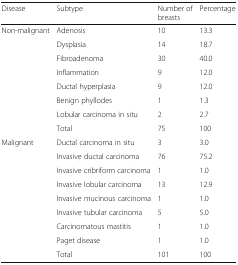
| Disease | Subtype | Number of breasts | Percentage |
 | --- | --- | --- | --- |
 | <ROWSPAN=8> Non-malignant | Adenosis | 10 | 13.3 |
 | Dysplasia | 14 | 18.7 |
 | Fibroadenoma | 30 | 40.0 |
 | Inflammation | 9 | 12.0 |
 | Ductal hyperplasia | 9 | 12.0 |
 | Benign phyllodes | 1 | 1.3 |
 | Lobular carcinoma in situ | 2 | 2.7 |
 | Total | 75 | 100 |
 | <ROWSPAN=9> Malignant | Ductal carcinoma in situ | 3 | 3.0 |
 | Invasive ductal carcinoma | 76 | 75.2 |
 | Invasive cribriform carcinoma | 1 | 1.0 |
 | Invasive lobular carcinoma | 13 | 12.9 |
 | Invasive mucinous carcinoma | 1 | 1.0 |
 | Invasive tubular carcinoma | 5 | 5.0 |
 | Carcinomatous mastitis | 1 | 1.0 |
 | Paget disease | 1 | 1.0 |
 | Total | 101 | 100 |